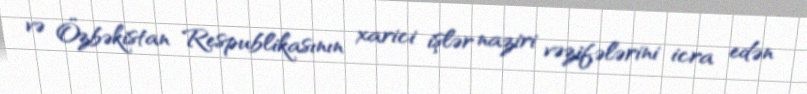
və Özbəkistan Respublikasının xarici işlər naziri vəzifələrini icra edən